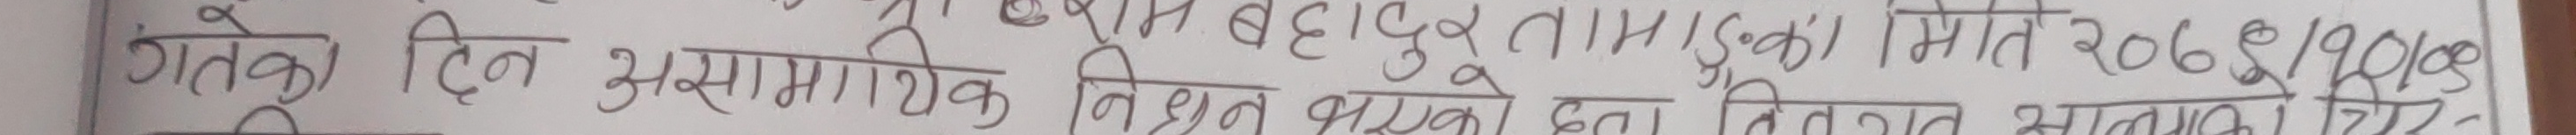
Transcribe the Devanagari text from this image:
गतको दिन असामाजिक निधन राम बहादुर तामाङको मिति २०७८/१०/०९